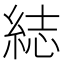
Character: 綕